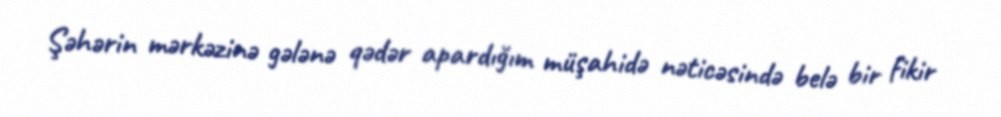
Şəhərin mərkəzinə gələnə qədər apardığım müşahidə nəticəsində belə bir fikir